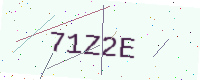
Text: 71Z2E